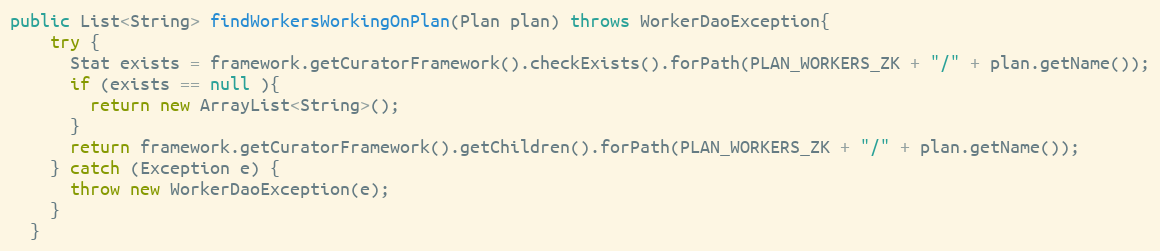
Language: Java
public List<String> findWorkersWorkingOnPlan(Plan plan) throws WorkerDaoException{
    try {
      Stat exists = framework.getCuratorFramework().checkExists().forPath(PLAN_WORKERS_ZK + "/" + plan.getName());
      if (exists == null ){
        return new ArrayList<String>();
      }
      return framework.getCuratorFramework().getChildren().forPath(PLAN_WORKERS_ZK + "/" + plan.getName());
    } catch (Exception e) {
      throw new WorkerDaoException(e);
    }
  }